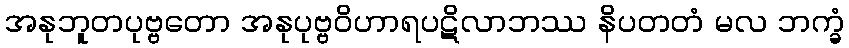
အနုဘူတပုဗ္ဗတော အနုပုဗ္ဗဝိဟာရပဋိလာဘဿ နိပတတံ မလ ဘက္ခံ